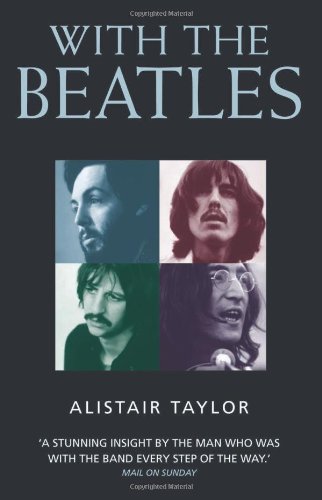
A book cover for With the Beatles; Alistair Taylor; Humor & Entertainment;